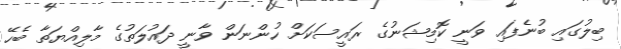
ބިލުގައި ބުނެފައި ވަނީ ކޮމިޝަނުގެ ރައީސަކަށް ހުންނަން ވާނީ ދައުލަތުގެ މާލިއްޔަތާ ބެހޭ